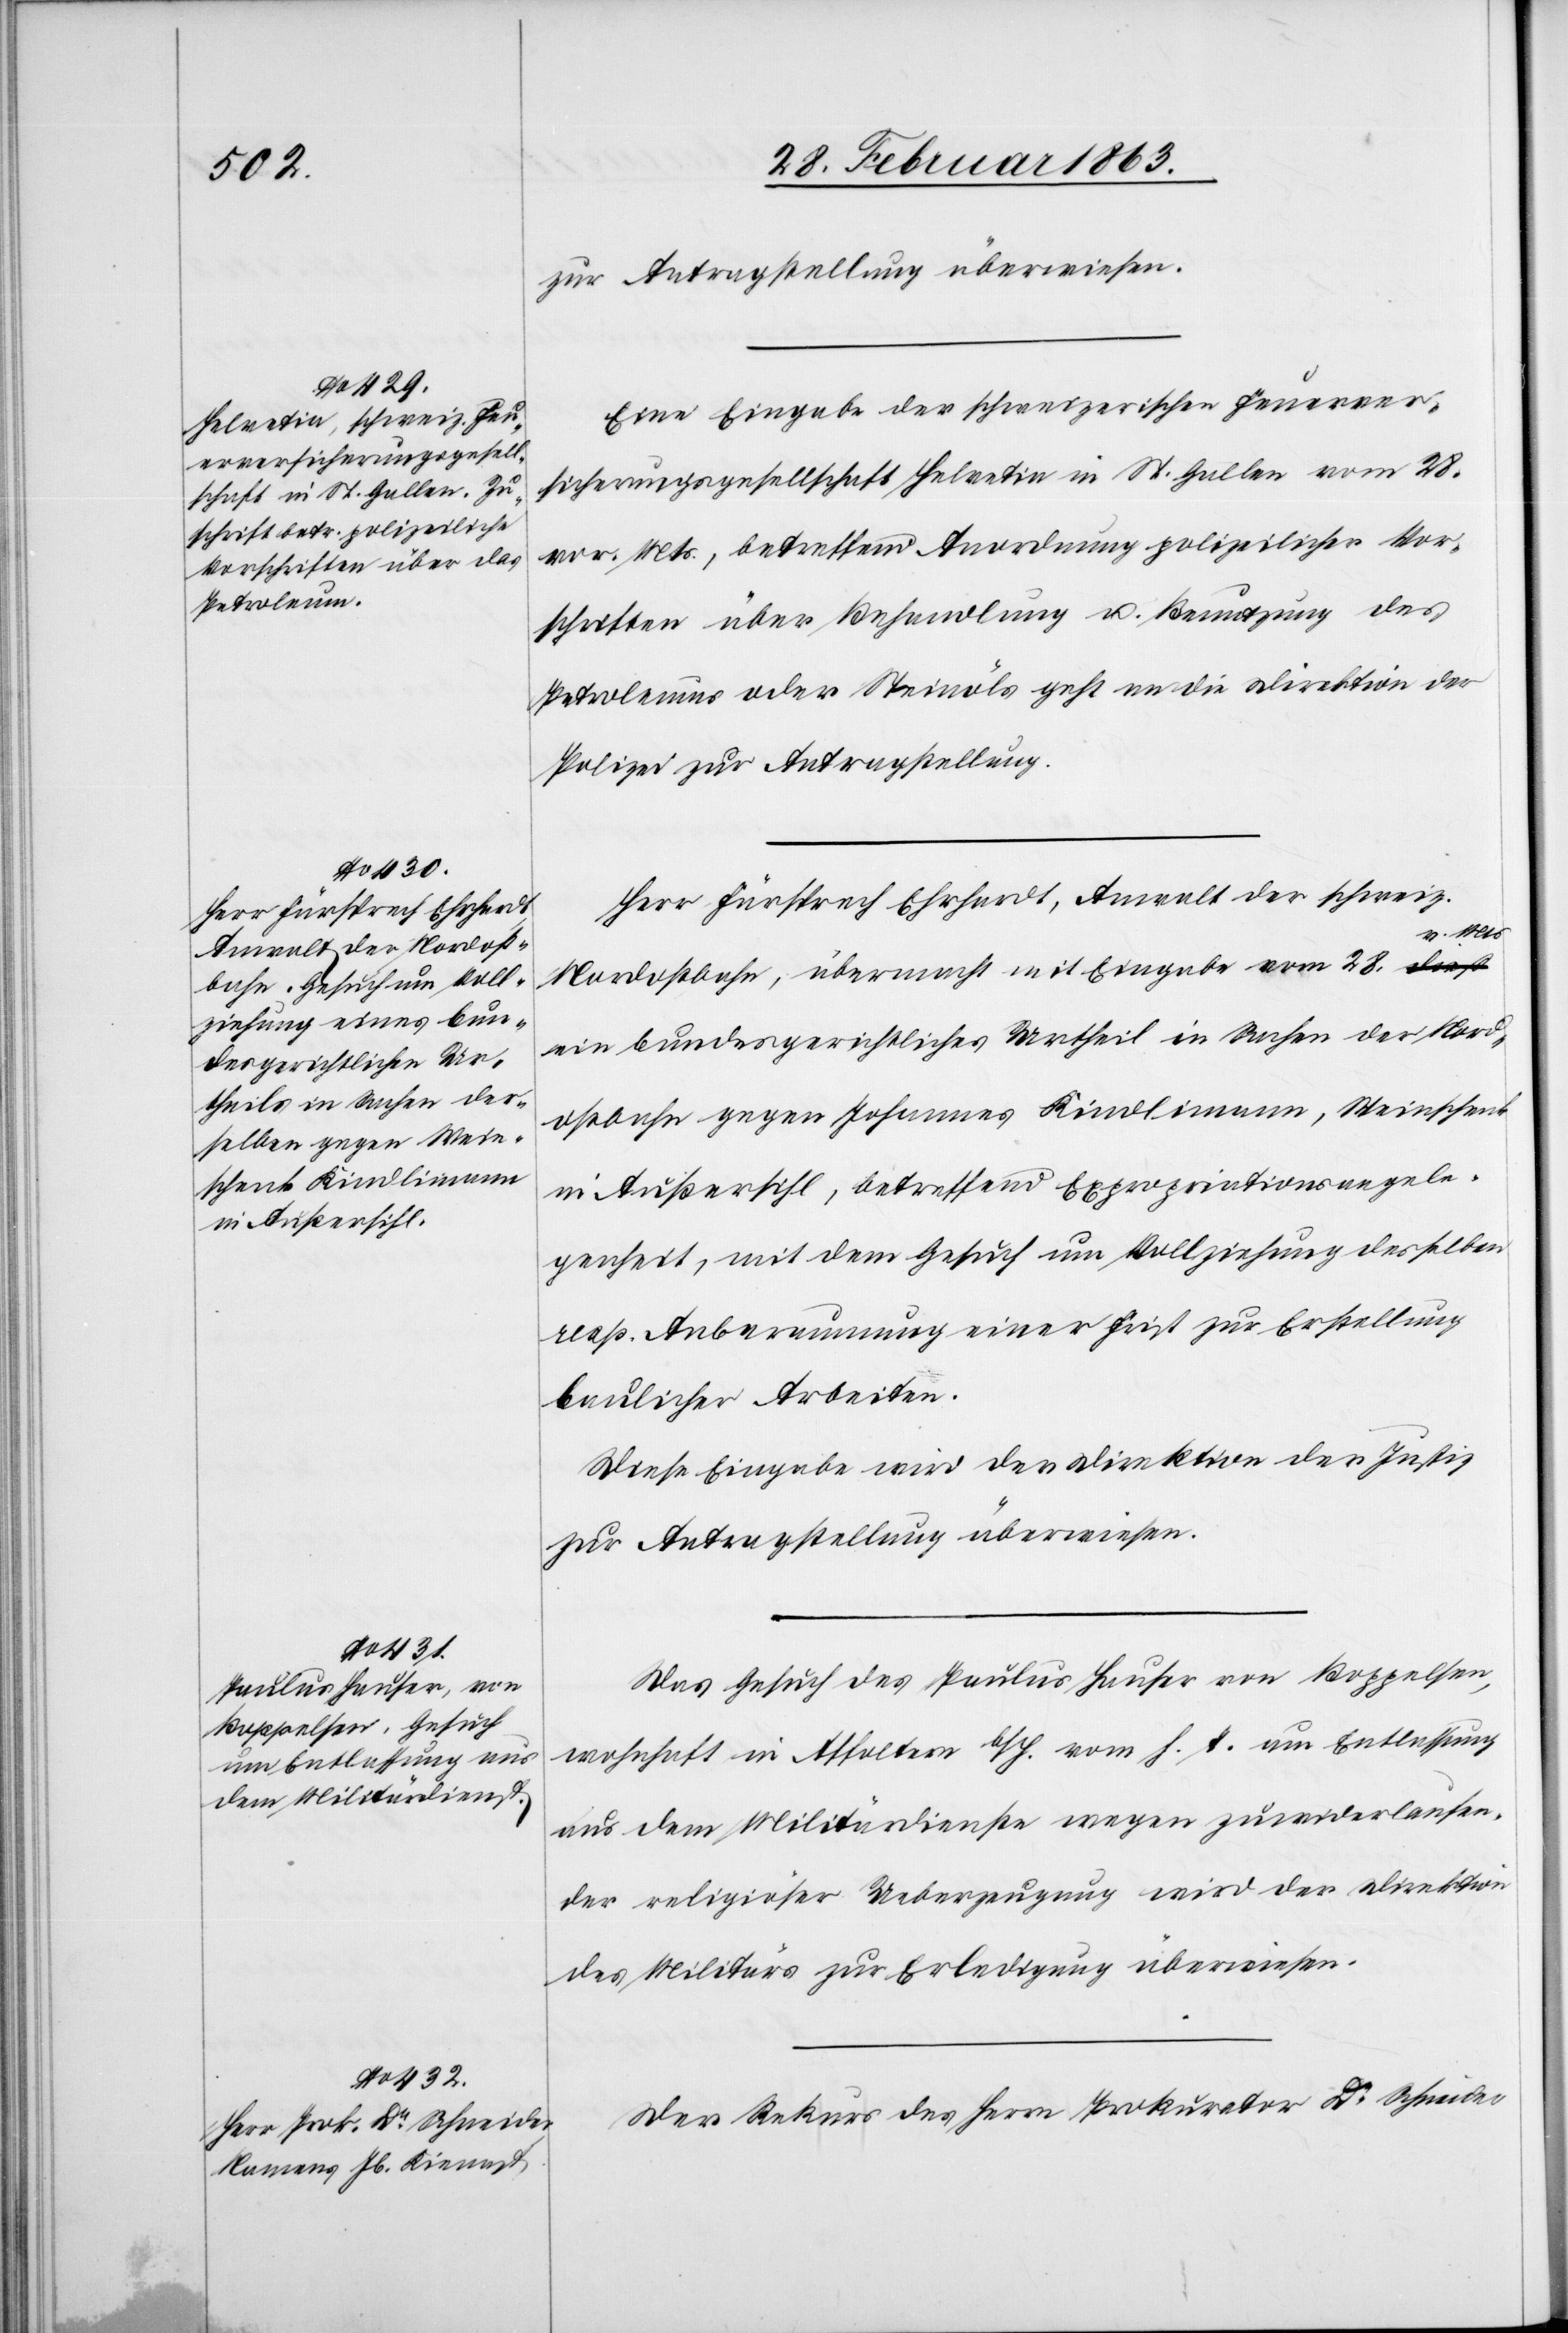
zur Antragstellung überwiesen.
Eine Eingabe der schweizerischen Feuerver¬
sicherungsgesellschaft Helvetia in St. Gallen vom 28.
vor. Mts., betreffend Anordnung polizeilicher Vor¬
schriften über Behandlung u. Benutzung des
Petroleums oder Steinöls geht an die Direktion der
Polizei zur Antragstellung.
Herr Fürsprech Ehrhardt, Anwalt der schweiz.
Nordostbahn, übermacht mit Eingabe vom 28. v. Mts.
ein bundesgerichtliches Urtheil in Sachen der Nord¬
ostbahn gegen Johannes Kindlimann, Weinschenk
in Außersihl, betreffend Expropriationsangele¬
genheit, mit dem Gesuch um Vollziehung desselben
resp. Anberaumung einer Frist zur Erstellung
baulicher Arbeiten.
Diese Eingabe wird der Direktion der Justiz
zur Antragstellung überwiesen.
Das Gesuch des Paulus Hauser von Boppelsen,
wohnhaft in Affoltern b/H. vom h. T. um Entlassung
aus dem Militärdienste wegen zuwiderlaufen¬
der religiöser Ueberzeugung wird der Direktion
des Militärs zur Erledigung überwiesen.
Der Rekurs des Herrn Prokurator Dr Schneider